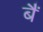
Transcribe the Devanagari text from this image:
बैं